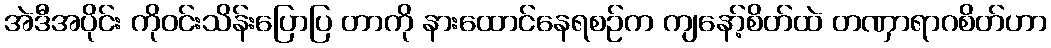
အဲဒီအပိုင်း ကိုဝင်းသိန်းပြောပြ တာကို နားထောင်နေရစဉ်က ကျနော့်စိတ်ထဲ တဏှာရာဂစိတ်ဟာ